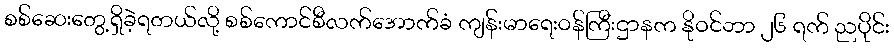
စစ်ဆေးတွေ့ရှိခဲ့ရတယ်လို့ စစ်ကောင်စီလက်အောက်ခံ ကျန်းမာရေးဝန်ကြီးဌာနက နိုဝင်ဘာ ၂၆ ရက် ညပိုင်း